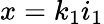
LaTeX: x=k_{1}i_{1}